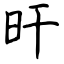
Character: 旰